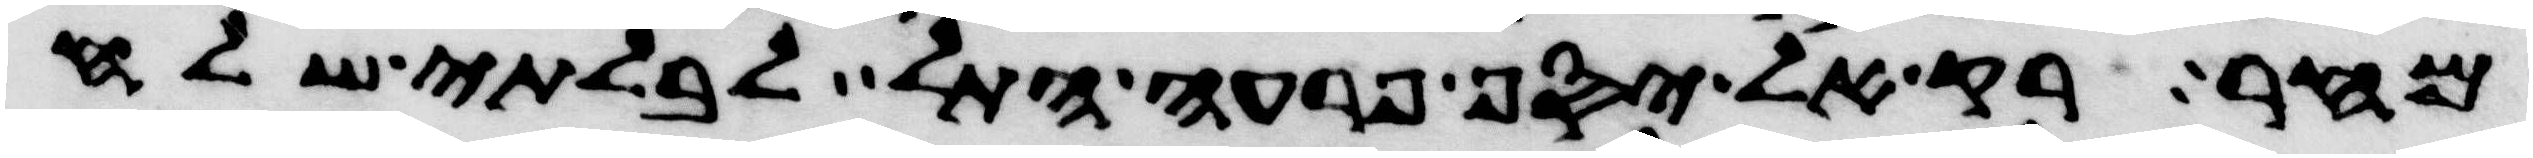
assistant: מחר רק אל יסף פרעה התל לבלתי שלח